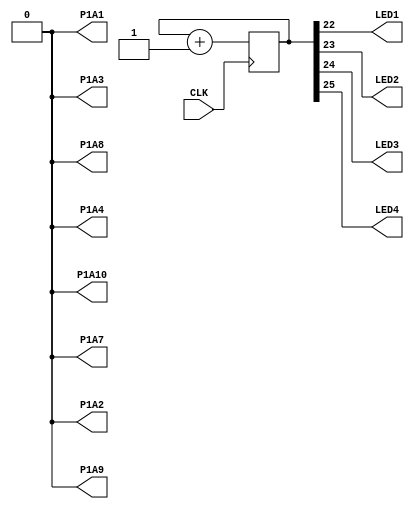

module top(input wire  CLK,
           output wire P1A1,
           output wire P1A2,
           output wire P1A3,
           output wire P1A4,
           output wire P1A7,
           output wire P1A8,
           output wire P1A9,
           output wire P1A10,

           output wire LED1,
           output wire LED2,
           output wire LED3,
           output wire LED4);

  parameter n = 26;
  reg [n-1:0] clk_counter = 0;

  wire [7:0] ss_top;
  assign { P1A10, P1A9, P1A8, P1A7, P1A4, P1A3, P1A2, P1A1 } = ss_top;

  always @(posedge CLK) begin
    clk_counter <= clk_counter + 1;
  end

  // Display 5 highest bits of counter with LEDs.
  assign LED1 = clk_counter[n-4];
  assign LED2 = clk_counter[n-3];
  assign LED3 = clk_counter[n-2];
  assign LED4 = clk_counter[n-1];

  assign ss_top = 0; //8'b11111111;
endmodule